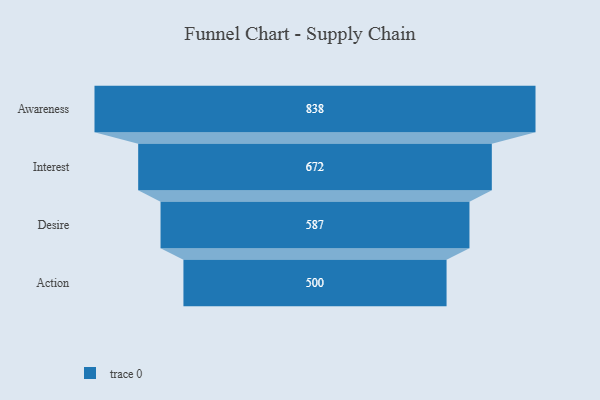
{"axis": {"x": "Stage", "y": "Value"}, "legend": [""], "data": [{"x": "Awareness", "y": 838.0, "type": ""}, {"x": "Interest", "y": 672.0, "type": ""}, {"x": "Desire", "y": 587.0, "type": ""}, {"x": "Action", "y": 500, "type": ""}]}